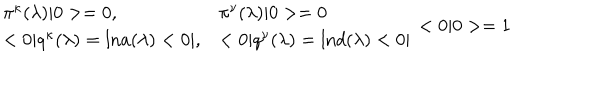
\begin{array} { l l } { { \pi ^ { \kappa } ( \lambda ) | 0 > = 0 , } } & { { \pi ^ { \nu } ( \lambda ) | 0 > = 0 } } \\ { { < 0 | q ^ { \kappa } ( \lambda ) = \mathrm { l n } a ( \lambda ) < 0 | , } } & { { < 0 | q ^ { \nu } ( \lambda ) = \mathrm { l n } d ( \lambda ) < 0 | } } \\ \end{array} < 0 | 0 > = 1